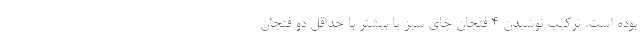
بوده است. ترکیب نوشیدن 4 فنجان چای سبز یا بیشتر با حداقل دو فنجان